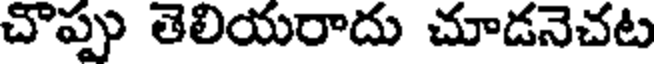
చొప్పు తెలియరాదు చూడనెచట